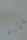
لقاءنا